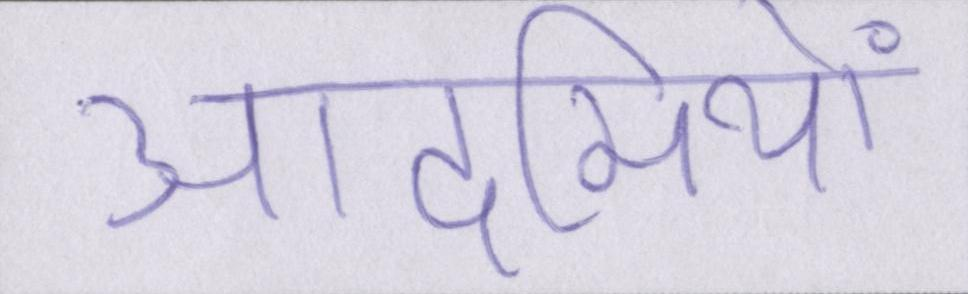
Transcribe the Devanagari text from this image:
आदमियों